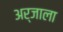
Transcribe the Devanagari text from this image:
अर्जाला